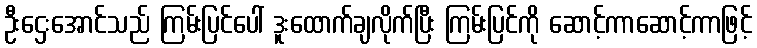
ဦးဌေးအောင်သည် ကြမ်းပြင်ပေါ် ဒူးထောက်ချလိုက်ပြီး ကြမ်းပြင်ကို ဆောင့်ကာဆောင့်ကာဖြင့်